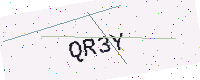
Text: QR3Y